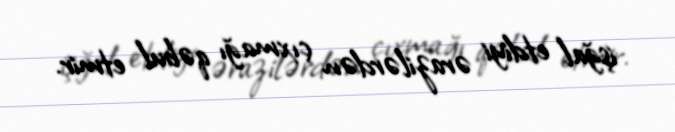
işğal etdiyi ərazilərdən çıxmağı qəbul etmir.